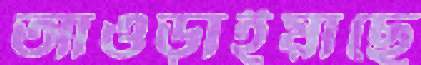
আওড়াইয়াছে